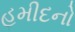
હમીદનો